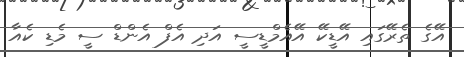
އޭގެ ތެރޭގައި އޭޑީކޭ އޭއެމްޑީސީ އަދި އެފް އެންޑް ސީ މެޑި ކެއާ